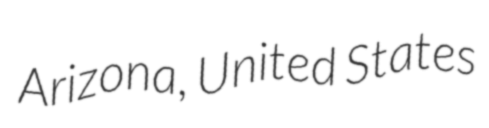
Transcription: Arizona, United States